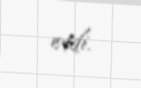
etdi.